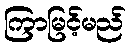
ကြာမြင့်မည်